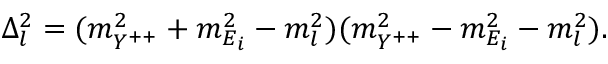
\Delta _ { l } ^ { 2 } = ( m _ { Y ^ { + + } } ^ { 2 } + m _ { E _ { i } } ^ { 2 } - m _ { l } ^ { 2 } ) ( m _ { Y ^ { + + } } ^ { 2 } - m _ { E _ { i } } ^ { 2 } - m _ { l } ^ { 2 } ) .